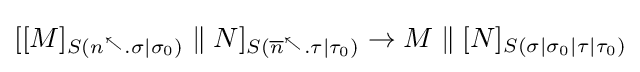
[[M]_{S(n^{\nwarrow }.\sigma \mid \sigma _{0})}\;\|\;N]_{S({\overline {n}}^{\nwarrow }.\tau \mid \tau _{0})}\rightarrow M\;\|\;[N]_{S(\sigma \mid \sigma _{0}\mid \tau \mid \tau _{0})}